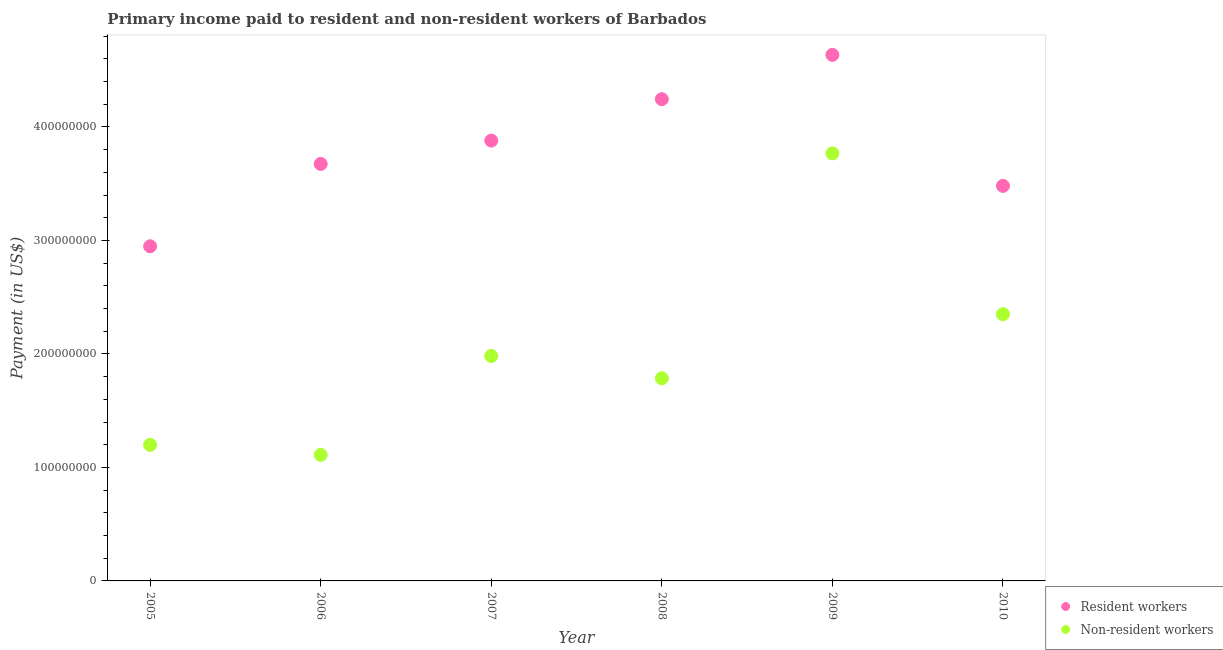
| Year | Resident workers | Non-resident workers |
 | --- | --- | --- |
 | 2005 | 2.95e+08 | 1.2e+08 |
 | 2006 | 3.67e+08 | 1.11e+08 |
 | 2007 | 3.88e+08 | 1.98e+08 |
 | 2008 | 4.25e+08 | 1.79e+08 |
 | 2009 | 4.64e+08 | 3.77e+08 |
 | 2010 | 3.48e+08 | 2.35e+08 |